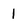
Character: 1